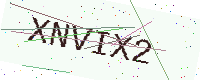
Text: XNVIX2